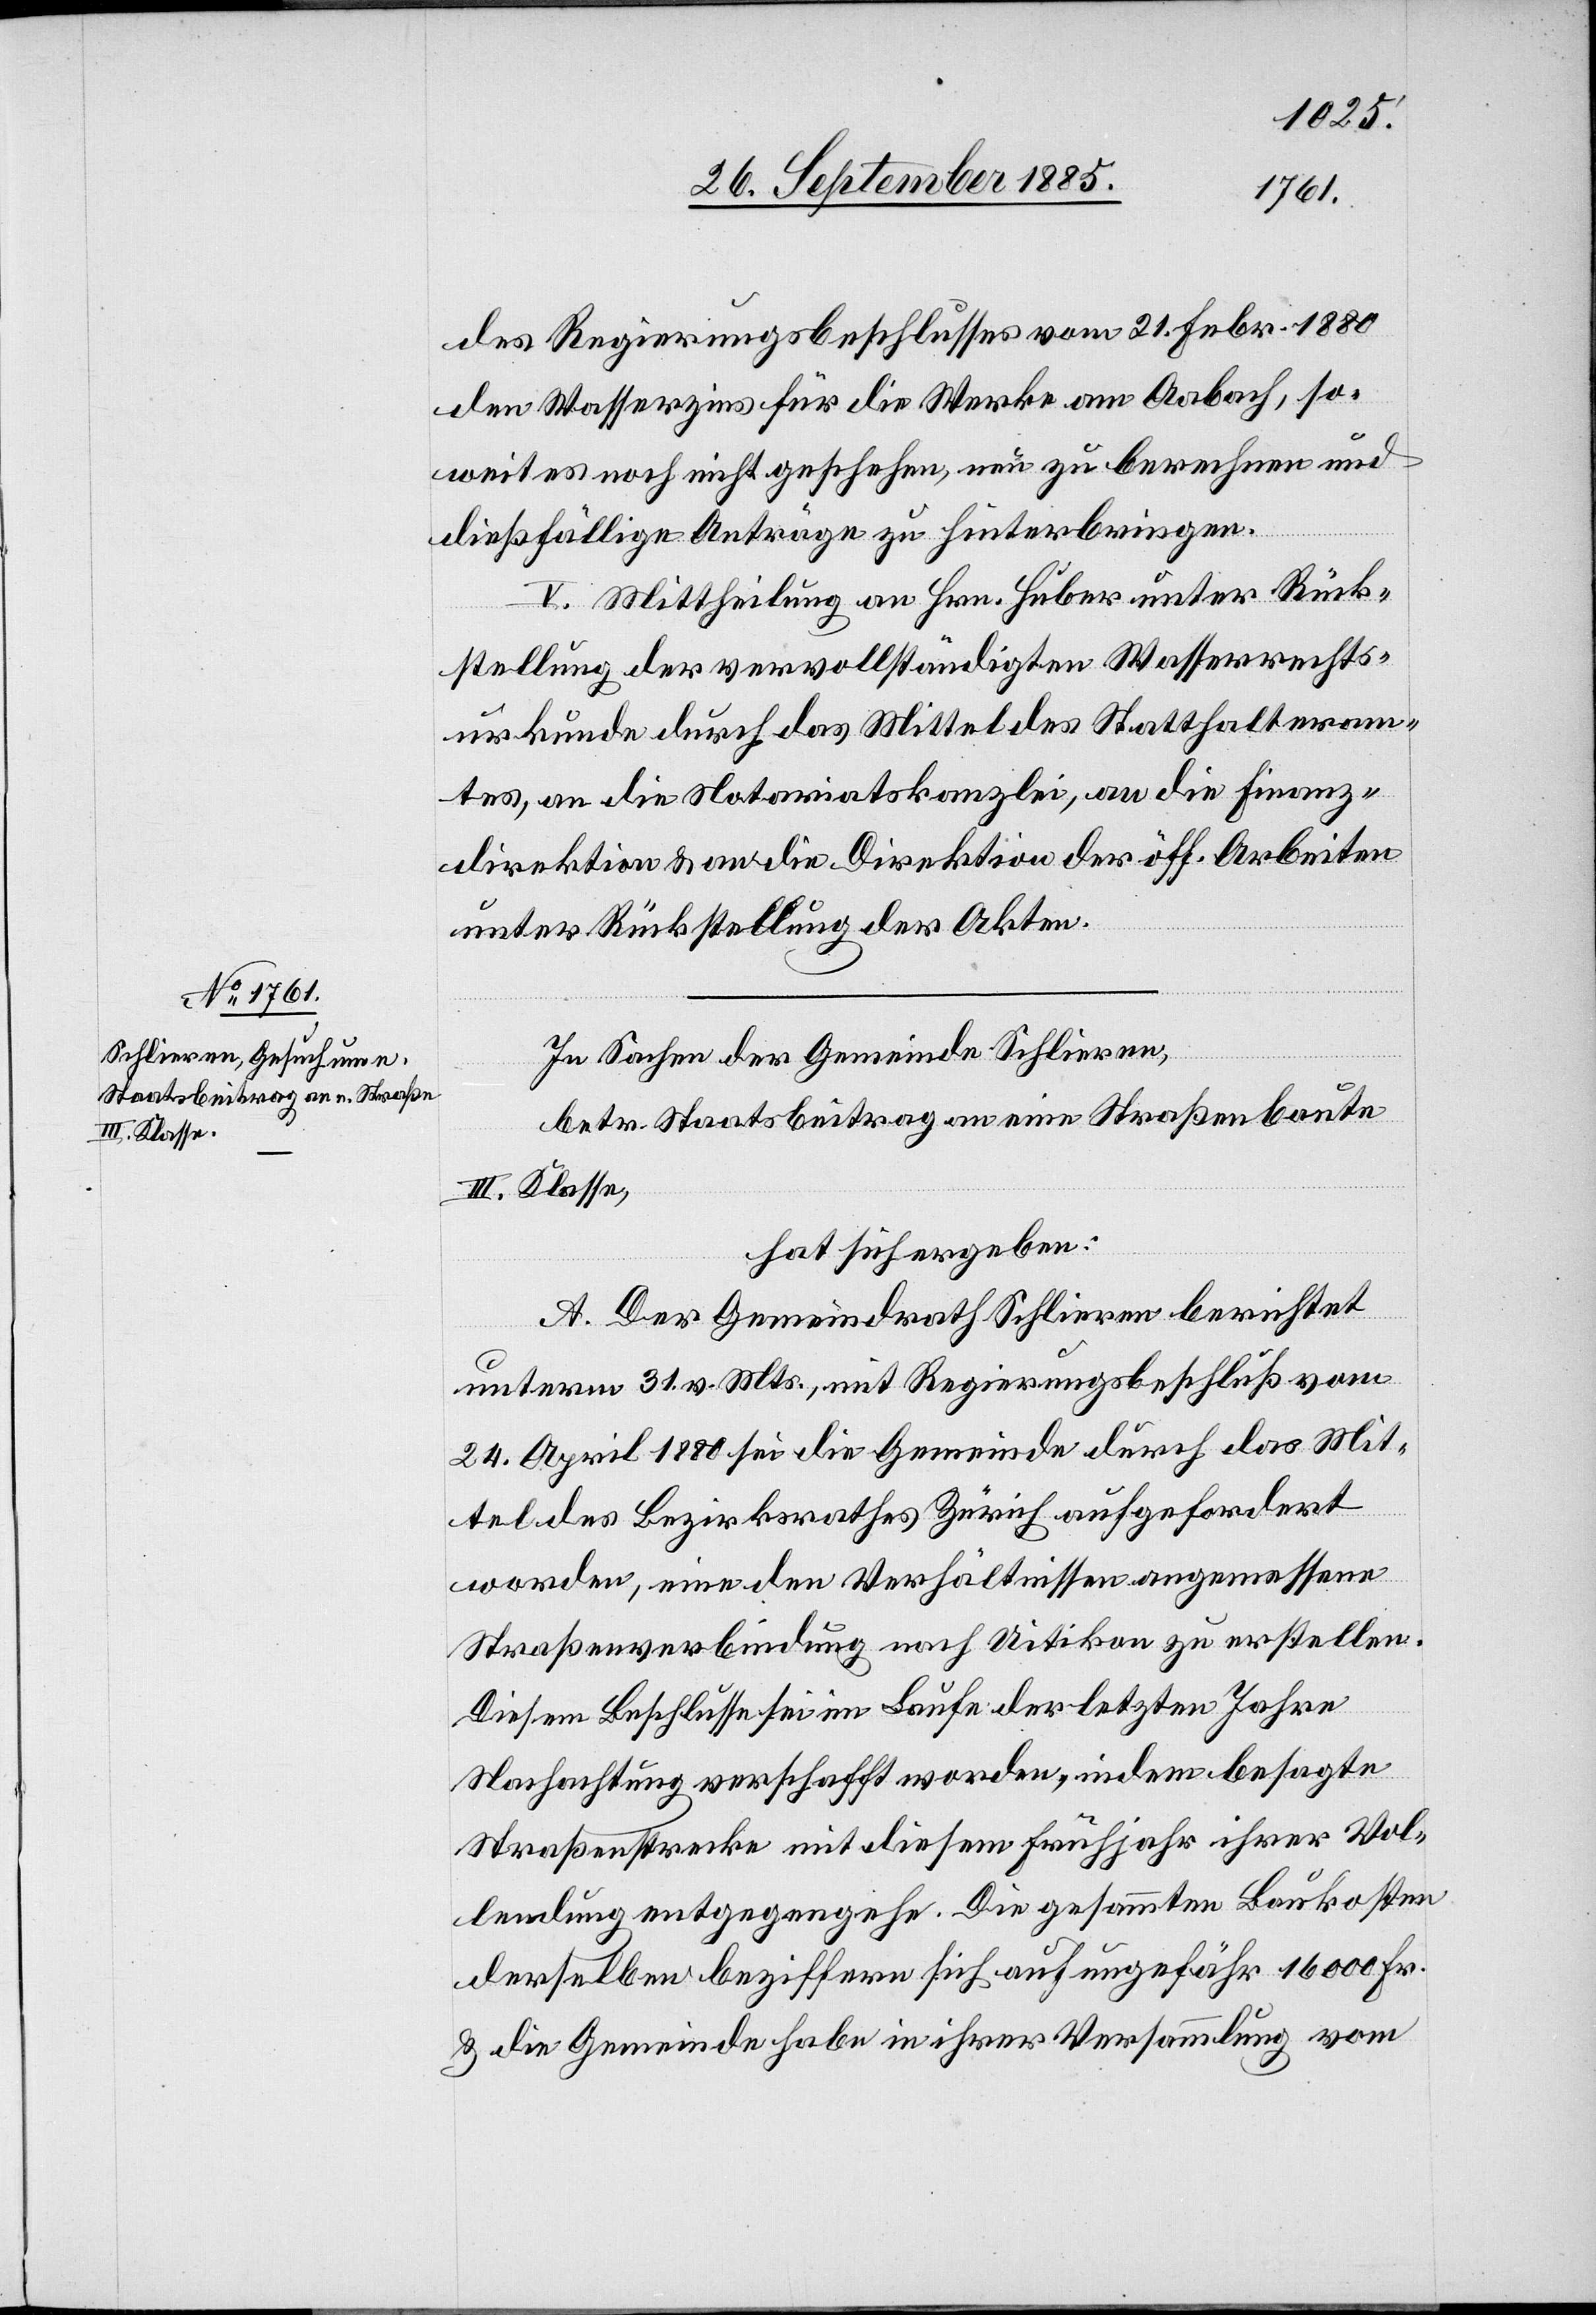
des Regierungsbeschlusses vom 21. Febr. 1880
den Wasserzins für die Werke am Aabach, so¬
weit es noch nicht geschehen, neu zu berechnen und
dießfällige Anträge zu hinterbringen.
V. Mittheilung an Hrn. Huber unter Rück¬
stellung der vervollständigten Wasserrechts¬
urkunde durch das Mittel des Statthalteram¬
tes, an die Notariatskanzlei, an die Finanz¬
direktion & an die Direktion der öff. Arbeiten
unter Rückstellung der Akten.
In Sachen der Gemeinde Schlieren,
betr. Staatsbeitrag an eine Straßenbaute
III. Klasse,
hat sich ergeben:
A. Der Gemeindrath Schlieren berichtet
unterm 31. v. Mts., mit Regierungsbeschluß vom
24. April 1880 sei die Gemeinde durch das Mit¬
tel des Bezirksrathes Zürich aufgefordert
worden, eine den Verhältnissen angemessene
Straßenverbindung nach Uitikon zu erstellen.
Diesem Beschlusse sei im Laufe der letzten Jahre
Nachachtung verschafft worden, indem besagte
Straßenstrecke mit diesem Frühjahr ihrer Vol¬
lendung entgegengehe. Die gesammten Baukosten
derselben beziffern sich auf ungefähr 16 000 Fr.
& die Gemeinde habe in ihrer Versammlung vom